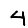
Digit: 4